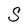
Character: S